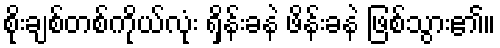
စိုးချစ်တစ်ကိုယ်လုံး ရှိန်းခနဲ ဖိန်းခနဲ ဖြစ်သွား၏။